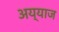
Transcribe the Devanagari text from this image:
अय्याज